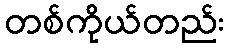
တစ်ကိုယ်တည်း